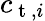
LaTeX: c_{\mathrm{~t~},i}